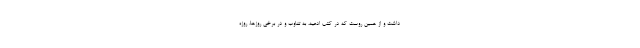
داشت و از همین روست که در کتب ادعیه، به تناوب و در برخی روزها، روزه